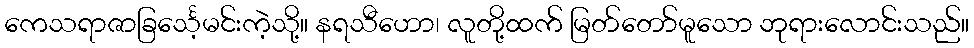
ကေသရာဇာခြင်္သေ့မင်းကဲ့သို့။ နရသီဟော၊ လူတို့ထက် မြတ်တော်မူသော ဘုရားလောင်းသည်။